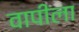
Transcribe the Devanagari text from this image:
वापीला